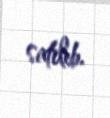
satılıb.